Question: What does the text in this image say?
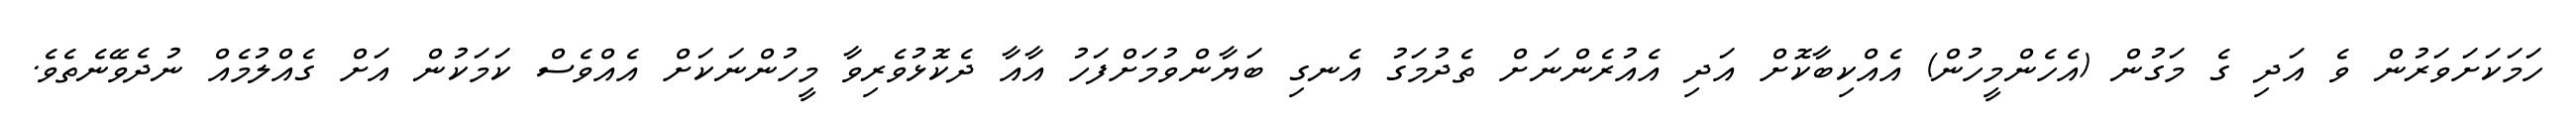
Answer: ހަމަކަށަވަރުން ވެ އަދި ގެ މަގުން (އެހެންމީހުން) އެއްކިބާކޮށް އަދި އެއުރެންނަށް ތެދުމަގު އެނގި ބަޔާންވުމަށްފަހު އާއާ ދެކޮޅުވެރިވާ މީހުންނަކަށް އެއްވެސް ކަމަކުން އަށް ގެއްލުމެއް ނުދެވޭނެތެވެ.